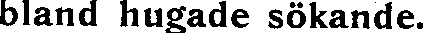
bland hugade sökande.